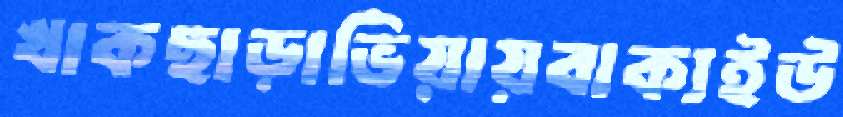
খাকছাড়াভিয়ায়বাক্যইউ